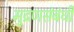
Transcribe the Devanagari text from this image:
मुद्रणसंबंधी